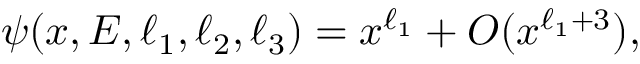
\psi ( x , E , \ell _ { 1 } , \ell _ { 2 } , \ell _ { 3 } ) = x ^ { \ell _ { 1 } } + O ( x ^ { \ell _ { 1 } + 3 } ) ,